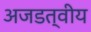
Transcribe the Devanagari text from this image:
अजडत्वीय